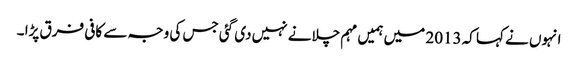
انہوں نے کہا کہ 2013 میں ہمیں مہم چلانے نہیں دی گئی جس کی وجہ سے کافی فرق پڑا ۔